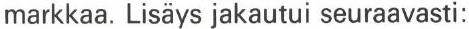
markkaa. Lisäys jakautui seuraavasti: